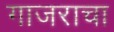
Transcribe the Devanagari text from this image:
गाजराचा